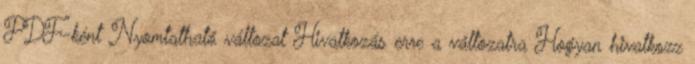
PDF-ként Nyomtatható változat Hivatkozás erre a változatra Hogyan hivatkozz